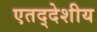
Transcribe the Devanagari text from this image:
एतद्‍देशीय